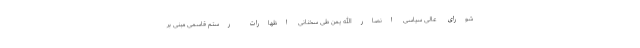
شورای عالی سیاسی انصارالله یمن طی سخنانی اظهارات رستم قاسمی مبنی بر